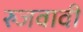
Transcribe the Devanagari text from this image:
रुजवावी